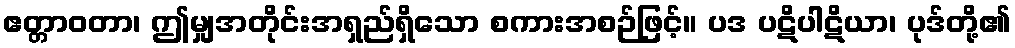
ဧတ္တာဝတာ၊ ဤမျှအတိုင်းအရှည်ရှိသော စကားအစဉ်ဖြင့်။ ပဒ ပဋိပါဋိယာ၊ ပုဒ်တို့၏